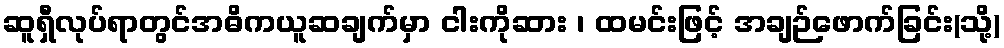
ဆူရှီလုပ်ရာတွင်အဓိကယူဆချက်မှာ ငါးကိုဆား ၊ ထမင်းဖြင့် အချဉ်ဖောက်ခြင်း(သို့)